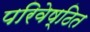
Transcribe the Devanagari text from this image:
परिवेष्ठित